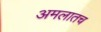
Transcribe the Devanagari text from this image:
अमलातच